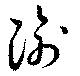
瑜